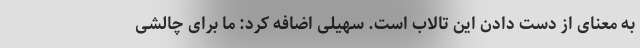
به معنای از دست دادن این تالاب است. سهیلی اضافه کرد: ما برای چالشی